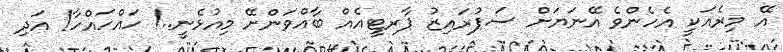
އޭ މިރެއަކީ އެހެންވެ އޭނަޔަށް ސަޕުރައިޒު ޕާރޓީއެއް ބާއްވަންށޭ މިއުޅެނީ..! ހައްހައްހާ! އަދި